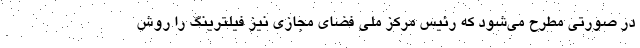
در صورتی مطرح می‌شود که رئیس مرکز ملی فضای مجازی نیز فیلترینگ را روش